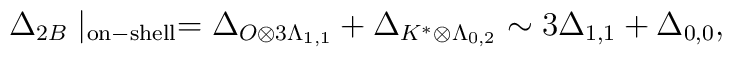
\Delta_{2B} \mid_{\rm on-shell} =  \Delta_{  O \otimes 3\Lambda_{1,1} }+\Delta_{K^\ast \otimes \Lambda_{0,2}} \sim 3\Delta_{1,1}+\Delta_{0,0},